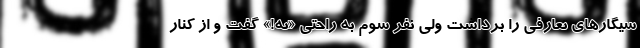
سیگارهای تعارفی را برداشت ولی نفر سوم به راحتی «نه!» گفت و از کنار